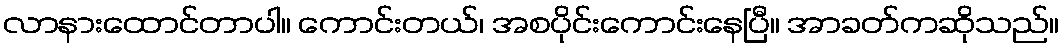
လာနားထောင်တာပါ။ ကောင်းတယ်၊ အစပိုင်းကောင်းနေပြီ။ အာခတ်ကဆိုသည်။